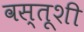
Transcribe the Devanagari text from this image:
वस्तूशी